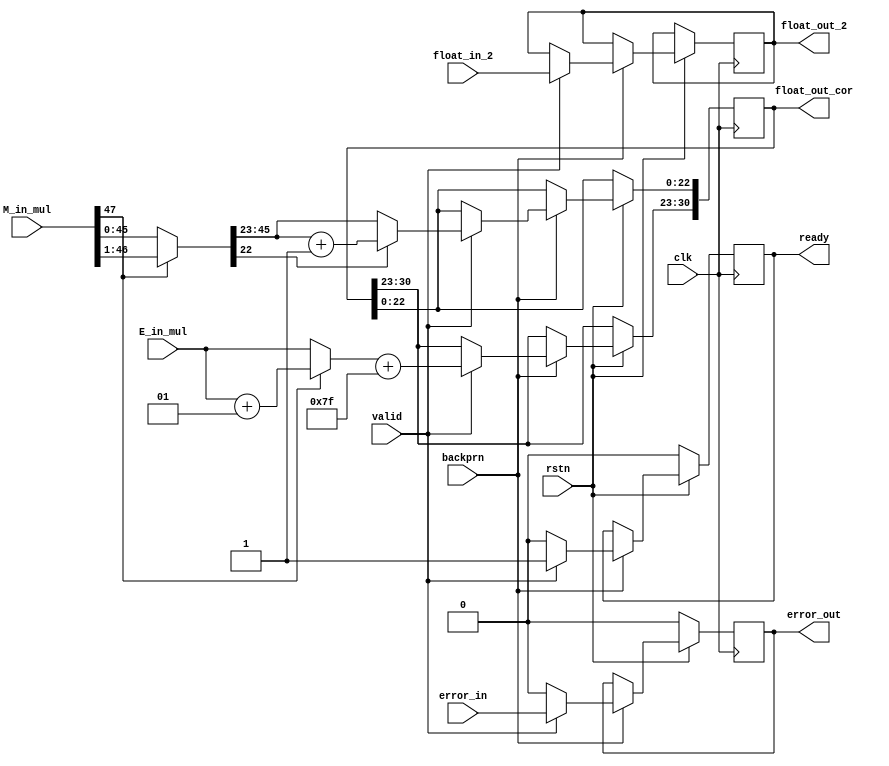
module fp_mul_correction_pipe (clk, rstn, backprn, valid, M_in_mul, E_in_mul, float_in_2, float_out_cor, float_out_2, ready, error_in, error_out);

parameter END = 0;

input wire clk;
input wire rstn;
input wire valid;
input wire [47:0] M_in_mul;
input wire signed [7:0] E_in_mul;
input wire [30:0] float_in_2;
input wire error_in; 
output reg error_out;

input wire backprn;
output reg [30:0] float_out_cor;
output reg [30:0] float_out_2;
output reg ready;

wire [22:0] M_trunc, M_cor;
wire overflow;
wire signed [7:0] E_cor;
reg [46:0] M_overflow;
reg signed [7:0] E_overflow;


generate begin
    if (END == 0) begin
        assign overflow = M_trunc[22];
        assign M_cor = M_overflow[45:23];
        assign E_cor = E_overflow + 127;
    end else begin
        assign overflow = (error_in == 0) ?  M_trunc[22] : 1'b0;
        assign M_cor = (error_in == 0) ? M_overflow[45:23] : 23'hFFFFFF;
        assign E_cor = (error_in == 0) ? (E_overflow + 127) : 8'hFF;
    end
end
endgenerate

assign M_trunc = M_overflow[22:0];

always @(posedge clk) begin
    if(rstn == 1'b0) begin
        ready <= 1'b0;
        error_out <= 1'b0;
    end else begin
        if(backprn == 1'b0) begin
            float_out_2 <= float_out_2;
            ready <= ready;
            error_out <= error_out;
            float_out_cor <= float_out_cor;
        end else begin
            if(valid == 1'b1) begin
                float_out_2 <= float_in_2;
                ready <= 1'b1;
                error_out <= error_in;
                float_out_cor[30:23] <= E_cor;
                if(overflow == 1'b1)
                    float_out_cor[22:0] <= M_cor + 1;
                else
                    float_out_cor[22:0] <= M_cor;
            end else begin
                float_out_cor <= float_out_cor;
                float_out_2 <= float_out_2;
                ready <= 1'b0;
                error_out <= 0;
            end
        end
    end
end

always @* begin
    if(M_in_mul[47] == 1'b1) begin
        M_overflow = M_in_mul >> 1;
        E_overflow = E_in_mul + 1;
    end else begin
        M_overflow = M_in_mul;
        E_overflow = E_in_mul;
    end
end

endmodule